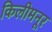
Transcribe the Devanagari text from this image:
किलीमनूर